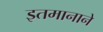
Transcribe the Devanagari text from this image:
इतमानाने